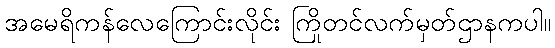
အမေရိကန်လေကြောင်းလိုင်း ကြိုတင်လက်မှတ်ဌာနကပါ။